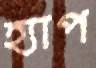
হ্যাপ